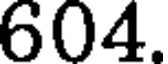
604.